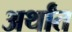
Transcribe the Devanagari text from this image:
अर्थांत